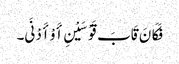
فَکَانَ قَابَ قَوْسَیْنِ أَوْ أَدْنَی۔